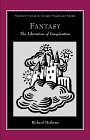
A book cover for Fantasy: The Liberation of Imagination (Twayne's Studies in Literary Themes & Genres); Richard Mathews; Science Fiction & Fantasy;